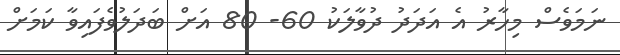
ނަމަވެސް މިހާރު އެ އަދަދު ދުވާލަކު 60- 80 އަށް ބަދަލުވެފައިވާ ކަމަށް